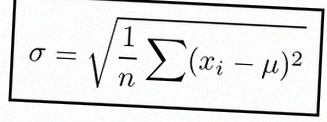
\sigma=\sqrt{\frac1n\sum(x_i-\mu)^2}